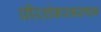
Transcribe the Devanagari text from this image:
धीरशंकरभरणम